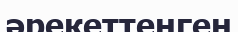
әрекеттенген